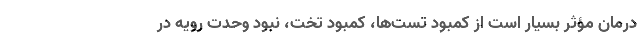
درمان مؤثر بسیار است از کمبود تست‌ها، کمبود تخت، نبود وحدت رویه در